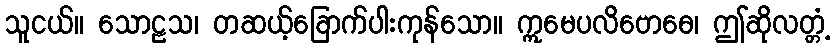
သူငယ်။ သောဠသ၊ တဆယ့်ခြောက်ပါးကုန်သော။ ဣမေပလိဗောဓေ၊ ဤဆိုလတ္တံ့